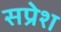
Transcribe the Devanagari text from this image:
सप्रेश